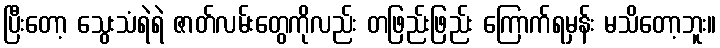
ပြီးတော့ သွေးသံရဲရဲ ဇာတ်လမ်းတွေကိုလည်း တဖြည်းဖြည်း ကြောက်ရမှန်း မသိတော့ဘူး။